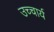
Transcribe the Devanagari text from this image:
उच्चार्य